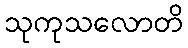
သုကုသလောတိ